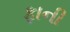
ફાની